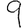
Digit: 9